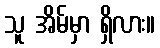
သူ အိမ်မှာ ရှိလား။